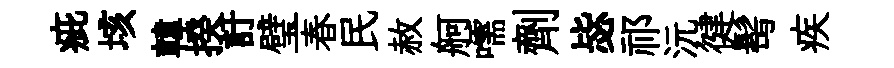
疵垓韓揆訏璧春民赦舸嚅劑毖祁沅徤髩疾